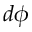
d \phi